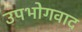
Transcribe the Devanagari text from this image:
उपभोगवाद